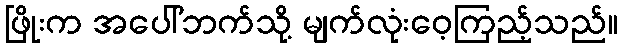
ဖြိုးက အပေါ်ဘက်သို့ မျက်လုံးဝေ့ကြည့်သည်။